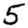
Digit: 5